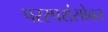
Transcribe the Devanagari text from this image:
परस्परांसोबत